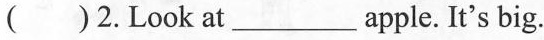
( )2.Look at ___ apple. It's big.